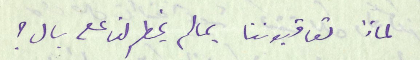
لماذا تعاقبوننا بما لم يخطر لنا على بال ؟